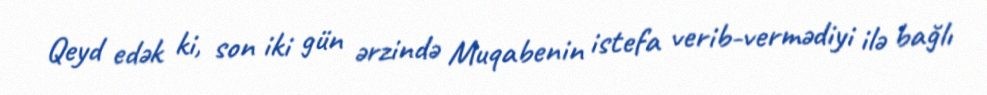
Qeyd edək ki, son iki gün ərzində Muqabenin istefa verib-vermədiyi ilə bağlı